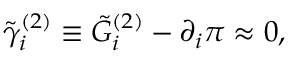
\tilde { \gamma } _ { i } ^ { ( 2 ) } \equiv \tilde { G } _ { i } ^ { ( 2 ) } - \partial _ { i } \pi \approx 0 ,